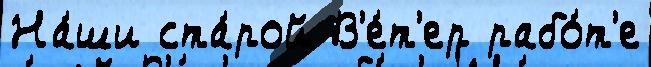
На́ши ста́рой В'е́т'ер рабо́т'е